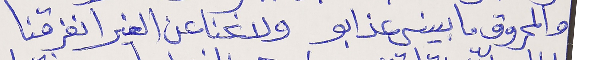
والمحروق ما بينسى عذابو     ولانحنا عن الغير انفرقنا